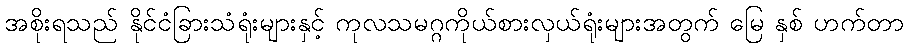
အစိုးရသည် နိုင်ငံခြားသံရုံးများနှင့် ကုလသမဂ္ဂကိုယ်စားလှယ်ရုံးများအတွက် မြေ နှစ် ဟက်တာ